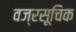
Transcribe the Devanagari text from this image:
वज्रसूचिक